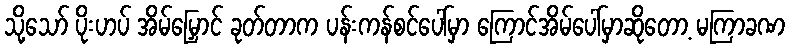
သို့သော် ပိုးဟပ် အိမ်မြှောင် ခုတ်တာက ပန်းကန်စင်ပေါ်မှာ ကြောင်အိမ်ပေါ်မှာဆိုတော့ မကြာခဏ